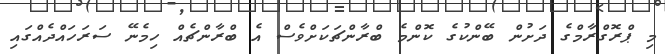
މި ޕްރޮގްރާމްގެ ދަށުން ބޭންކުގެ ކޮންމެ ބްރާންޗަކަށްވެސް އެ ބްރާންޗެއް ހިމެނޭ ސަރަހައްދެއްގައި